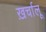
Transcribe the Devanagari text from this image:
ख़र्चालू